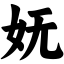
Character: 妩